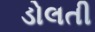
ડોલતી